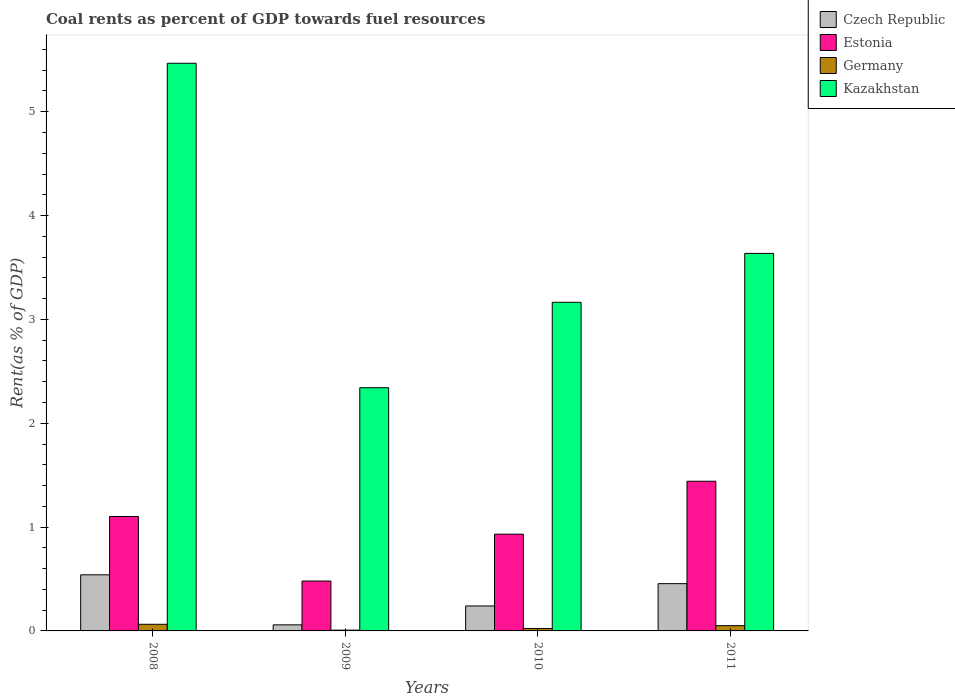
| Years | Czech Republic | Estonia | Germany | Kazakhstan |
 | --- | --- | --- | --- | --- |
 | 2008 | 0.54 | 1.1 | 0.0639 | 5.47 |
 | 2009 | 0.0585 | 0.48 | 0.00744 | 2.34 |
 | 2010 | 0.24 | 0.932 | 0.0236 | 3.16 |
 | 2011 | 0.455 | 1.44 | 0.0505 | 3.64 |